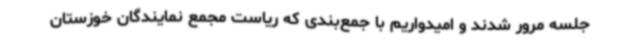
جلسه مرور شدند و امیدواریم با جمع‌بندی که ریاست مجمع نمایندگان خوزستان